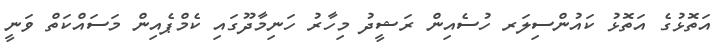
އަތޮޅުގެ އަތޮޅު ކައުންސިލަރ ހުސެއިން ރަޝީދު މިހާރު ހަނިމާދޫގައި ކެމްޕެއިން މަސައްކަތް ވަނީ